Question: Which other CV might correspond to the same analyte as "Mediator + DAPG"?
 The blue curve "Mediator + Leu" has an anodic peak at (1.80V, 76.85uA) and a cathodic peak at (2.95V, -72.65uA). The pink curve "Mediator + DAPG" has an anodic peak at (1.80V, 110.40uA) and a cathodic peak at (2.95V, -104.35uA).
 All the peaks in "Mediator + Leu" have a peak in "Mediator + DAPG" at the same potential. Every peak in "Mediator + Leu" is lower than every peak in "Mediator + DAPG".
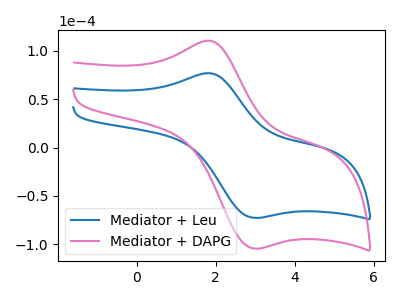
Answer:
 <answer>The CV with the most similar shape to "Mediator + Leu" is "Mediator + DAPG".</answer>
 <eval>"Mediator + DAPG"</eval>